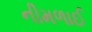
નીમળાઈ